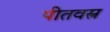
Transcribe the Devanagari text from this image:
पीतवस्त्र